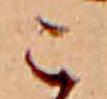
こ